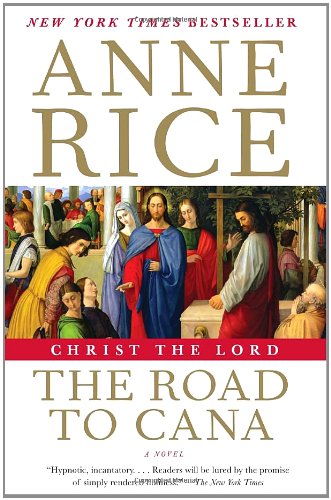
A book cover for Christ the Lord: The Road to Cana (Life of Christ); Anne Rice; Religion & Spirituality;